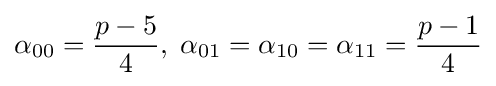
\alpha _{00}={\frac {p-5}{4}},\;\alpha _{01}=\alpha _{10}=\alpha _{11}={\frac {p-1}{4}}